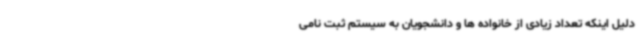
دلیل اینکه تعداد زیادی از خانواده ها و دانشجویان به سیستم ثبت نامی